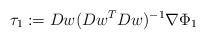
LaTeX: \begin{align*}\tau_1 := Dw (Dw^T Dw)^{-1} \nabla \Phi_1\, \end{align*}